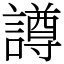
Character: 譐